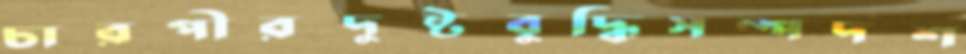
চারপীরদুষ্টবুদ্ধিসম্পদশ